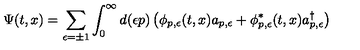
\Psi ( t , x ) = \sum _ { \epsilon = \pm 1 } \int _ { 0 } ^ { \infty } d ( \epsilon p ) \left( \phi _ { p , \epsilon } ( t , x ) a _ { p , \epsilon } + \phi _ { p , \epsilon } ^ { \ast } ( t , x ) a _ { p , \epsilon } ^ { \dagger } \right)